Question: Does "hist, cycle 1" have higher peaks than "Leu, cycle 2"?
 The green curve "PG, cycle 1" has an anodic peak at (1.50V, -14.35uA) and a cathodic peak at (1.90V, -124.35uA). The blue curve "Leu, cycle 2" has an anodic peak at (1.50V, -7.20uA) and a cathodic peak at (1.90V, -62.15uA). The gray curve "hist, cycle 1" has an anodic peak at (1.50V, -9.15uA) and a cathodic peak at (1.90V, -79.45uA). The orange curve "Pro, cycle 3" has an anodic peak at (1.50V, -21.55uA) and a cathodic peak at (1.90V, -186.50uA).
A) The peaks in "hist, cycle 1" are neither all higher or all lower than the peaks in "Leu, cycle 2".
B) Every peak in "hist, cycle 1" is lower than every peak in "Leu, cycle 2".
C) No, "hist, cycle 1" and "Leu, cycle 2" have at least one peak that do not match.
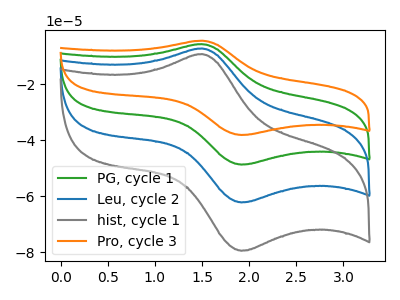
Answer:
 <answer>A) The peaks in "hist, cycle 1" are neither all higher or all lower than the peaks in "Leu, cycle 2".</answer>
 <eval>A</eval>